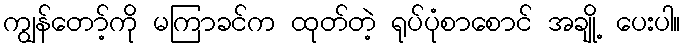
ကျွန်တော့်ကို မကြာခင်က ထုတ်တဲ့ ရုပ်ပုံစာစောင် အချို့ ပေးပါ။